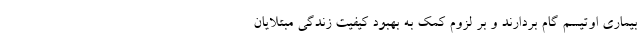
بیماری اوتیسم گام بردارند و بر لزوم کمک به بهبود کیفیت زندگی مبتلایان